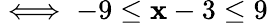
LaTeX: \iff-9\leq\mathbf{x}-3\leq9